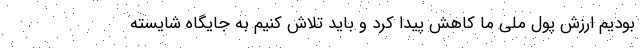
بودیم ارزش پول ملی ما کاهش پیدا کرد و باید تلاش کنیم به جایگاه شایسته